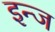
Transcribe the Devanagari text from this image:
इन्ज